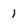
Character: 1